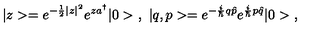
| z > = e ^ { - \frac { 1 } { 2 } | z | ^ { 2 } } e ^ { z a ^ { \dagger } } | 0 > \ , \ | q , p > = e ^ { - \frac { i } { \hbar } q \hat { p } } e ^ { \frac { i } { \hbar } p \hat { q } } | 0 > \ ,